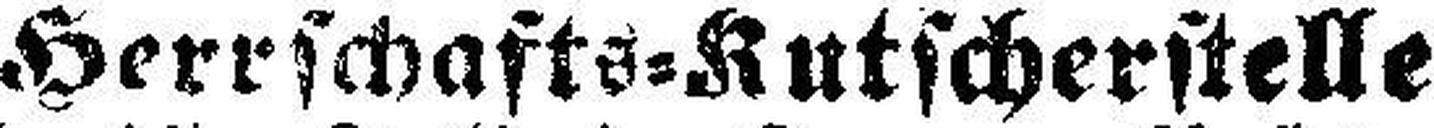
Herrschafts=Kutscherstelle